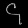
Digit: ၄